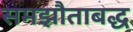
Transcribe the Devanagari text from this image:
समझौताबद्ध